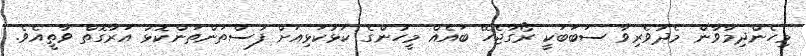
މިހެންދިމާވާން މެދުވެރިވާ ސަބަބަކީ ރޯގާޖެހޭ ބައެއް މީހުންގެ ކަޅުކަޅިއަށް ފުސްތަންތަންކޮޅު އަރާގޮތް ވާތީއެވެ.